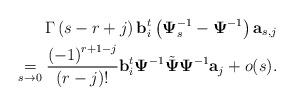
LaTeX: \begin{align*}\Gamma\left(s-r+j\right) \mathbf{b}_i^t\left(\mathbf{\Psi}_s^{-1}-\mathbf{\Psi}^{-1}\right)\mathbf{a}_{s,j} \\ \underset{s\to 0}{=} \frac{\left(-1\right)^{r+1-j}}{\left(r-j\right)!}\mathbf{b}_i^t\mathbf{\Psi}^{-1}\tilde{\mathbf{\Psi}}\mathbf{\Psi}^{-1}\mathbf{a}_j+o(s).\end{align*}